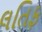
લતિફ